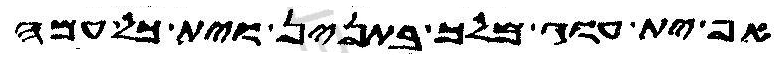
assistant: אף ית עוג מלך בתנין וית כל עמה